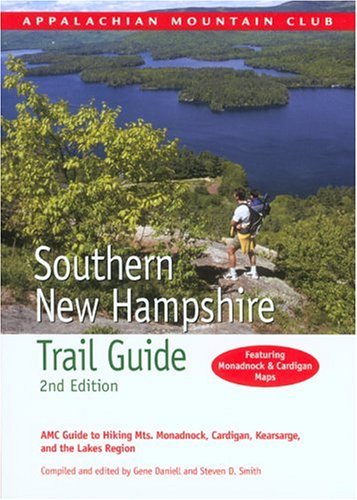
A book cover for Southern New Hampshire Trail Guide, 2nd: AMC Guide to Hiking Mt. Monadnock, Mt. Cardigan, and the Lakes Region (AMC Hiking Guide Series); Travel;